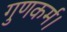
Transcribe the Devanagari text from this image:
गुणकर्म।